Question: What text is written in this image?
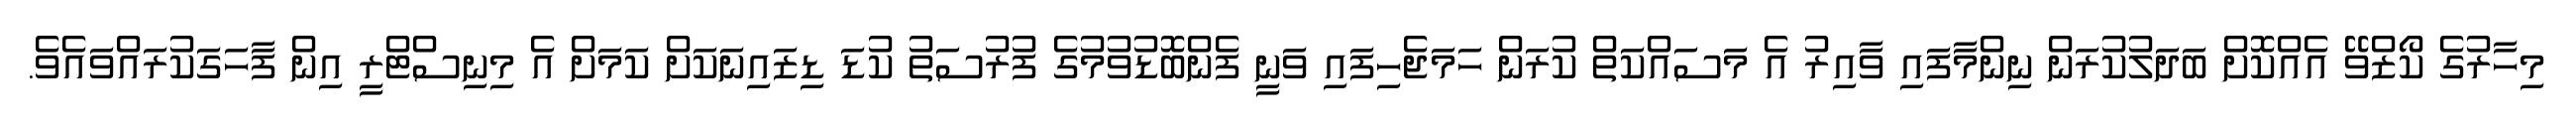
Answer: މިހާރުގެ ކޯޒްވޭ އެއްކޮށް ބަދަލުކުރަން ނިންމާފައި ވާއިރު އެ މަސައްކަތް ކުރަން ހަމަޖެހިފައި ވަނީ ފެންބޮޑުވުމުގެ ފުރުސަތު ކުޑަ ޑިޒައިނަކަށް ކަމަށް އެ މިނިސްޓްރީ އިން ފާހަގަކުރައްވައެވެ.